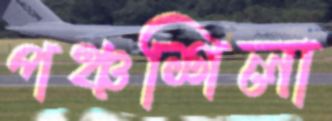
পঞ্চশিলা